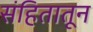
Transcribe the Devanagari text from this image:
संहितातून